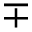
\mp